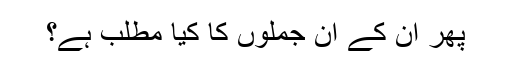
پھر ان کے ان جملوں کا کیا مطلب ہے؟